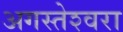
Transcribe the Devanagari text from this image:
अगस्‍तेश्‍वरा